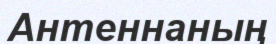
Антеннаның